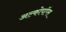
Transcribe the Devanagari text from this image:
अल्कोपॉप्स